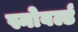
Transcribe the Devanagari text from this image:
स्नोवर्ल्ड